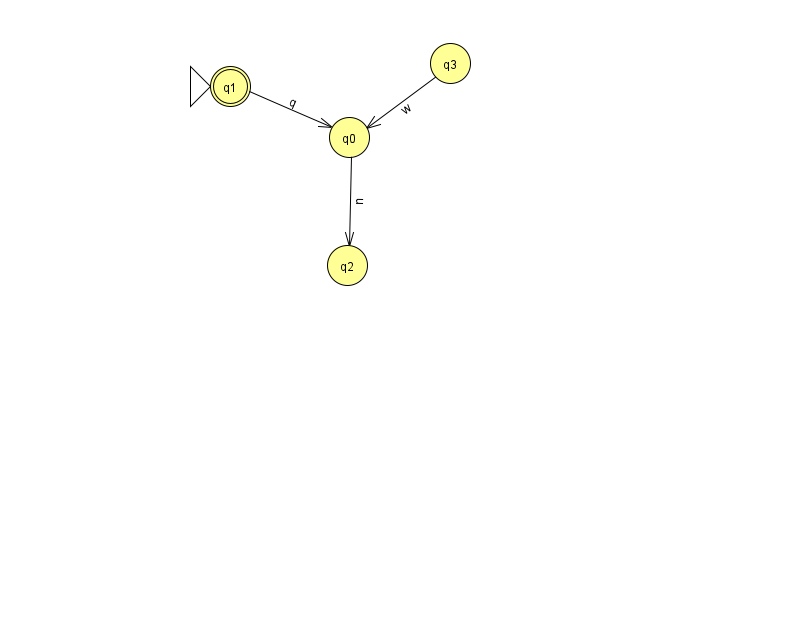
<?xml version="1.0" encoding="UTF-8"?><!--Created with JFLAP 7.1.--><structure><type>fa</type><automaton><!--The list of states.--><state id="0" name="q0"><x>349.0</x><y>124.0</y></state><state id="1" name="q1"><x>230.0</x><y>73.0</y><initial/><final/></state><state id="2" name="q2"><x>347.0</x><y>252.0</y></state><state id="3" name="q3"><x>450.0</x><y>50.0</y></state><!--The list of transitions.--><transition><from>1</from><to>0</to><read>q</read></transition><transition><from>0</from><to>2</to><read>n</read></transition><transition><from>3</from><to>0</to><read>w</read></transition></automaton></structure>